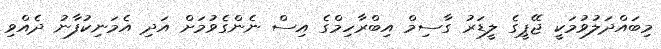
މިބައްދަލުވުމަކީ ޖޭޕީގެ ލީޑަރު ގާސިމް އިބްރާހިމްގެ އިސް ނެންގެވުމަށް އަދި އެމަނިކުފާނު ދެއްވި